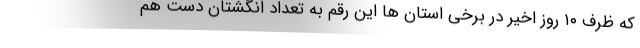
که ظرف ۱۰ روز اخیر در برخی استان ها این رقم به تعداد انگشتان دست هم